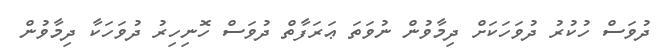
ދުވަސް ހުކުރު ދުވަހަކަށް ދިމާވުން ނުވަތަ ޢަރަފާތް ދުވަސް ހޮނިހިރު ދުވަހަކާ ދިމާވުން